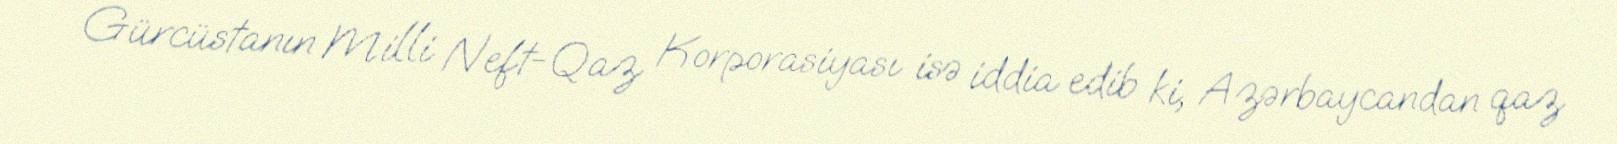
Gürcüstanın Milli Neft-Qaz Korporasiyası isə iddia edib ki, Azərbaycandan qaz